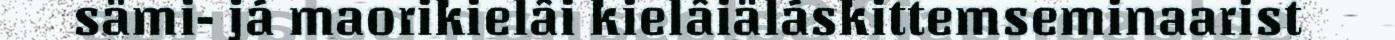
sämi- já maorikielâi kielâiäláskittemseminaarist